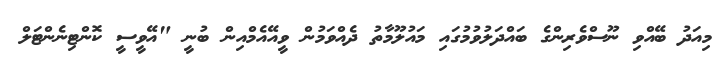
މިއަދު ބޭއްވި ނޫސްވެރިންގެ ބައްދަލުވުމުގައި މައުލޫމާތު ދެއްވަމުން ވީއޭއެމްއިން ބުނީ "އޭވީސީ ކޮންޓިނެންޓަލް